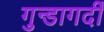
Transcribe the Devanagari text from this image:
गुन्डागर्दी